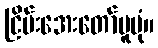
ငြိမ်းအေးတော်မူပုံ။